Report of the Municipal Commissioner on the plague in Bombay for the year ending 31st May... - Volume 2
Disease focus: Plague
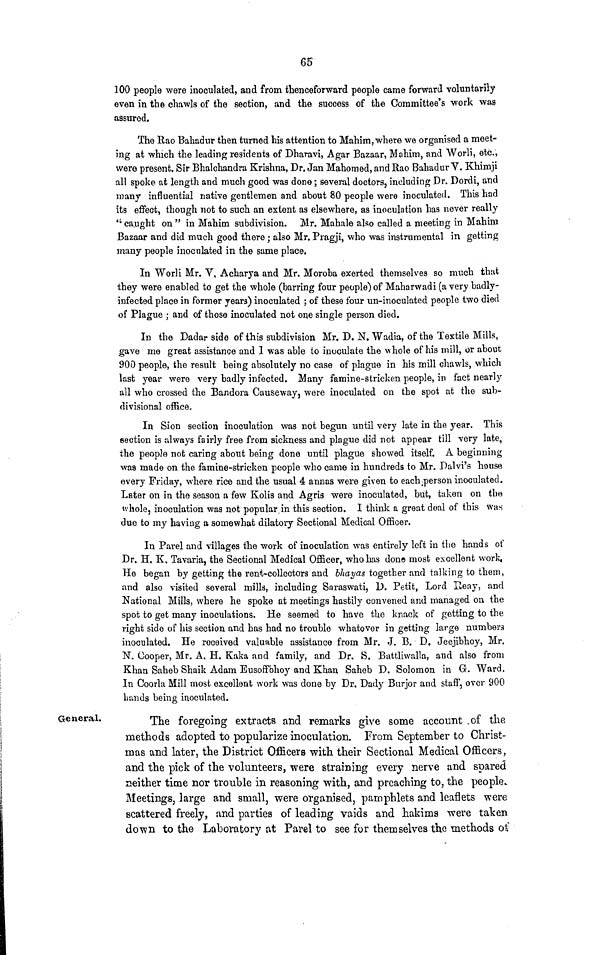
65
100 people were inoculated, and from thenceforward people came forward voluntarily
even in the chawls of the section, and the success of the Committee's work was
assured.
The Rao Bahadur then turned his attention to Mahim, where we organised a meet-
ing at which the leading residents of Dharavi, Agar Bazaar, Mahim, and Worli, etc.,
were present. Sir Bhalchandra Krishna, Dr. Jan Mahomed, and Rao Bahadur V. Khimji
all spoke at length and much good was done; several doctors, including Dr. Dordi, and
many influential native gentlemen and about 80 people were inoculated. This had
its effect, though not to such an extent as elsewhere, as inoculation has never really
" caught on " in Mahim subdivision. Mr. Mahale also called a meeting in Mahim
Bazaar and did much good there; also Mr. Pragji, who was instrumental in getting
many people inoculated in the same place.
In Worli Mr. V, Acharya and Mr. Moroba exerted themselves so much that
they were enabled to get the whole (barring four people) of Maharwadi (a very badly-
infected place in former years) inoculated ; of these four un-inoculated people two died
of Plague ; and of those inoculated not one single person died.
In the Dadar side of this subdivision Mr. D. N. Wadia, of the Textile Mills,
gave me great assistance and 1 was able to inoculate the whole of his mill, or about
900 people, the result being absolutely no case of plague in his mill chawls, which
last year were very badly infected. Many famine-stricken people, in fact nearly
all who crossed the Bandora Causeway, were inoculated on the spot at the sub-
divisional office.
In Sion section inoculation was not begun until very late in the year. This
section is always fairly free from sickness and plague did not appear till very late,
the people not cariog about being done until plague showed itself. A beginning
was made on the famine-stricken people who came in hundreds to Mr. Dalvi's house
every Friday, where rice and the usual 4 annas were given to each .per son inoculated.
Later on in the season a few Kolis and Agris were inoculated, but, taken on the
whole, inoculation wag not popularan this section. I think a great deal of this was
due to my having a somewhat dilatory Sectional Medical Officer.
In Parel and villages the work of inoculation was entirely left in the hands of
Dr. H. K. Tavaria, the Sectional Medical Officer, who has done most excellent work,
He began by getting the rent-collectors and bhayas together and talking to them,
and also visited several mills, including Saraswati, D. Petit, Lord Reay, and
National Mills, where he spoke at meetings hastily convened and managed on the
spot to get many inoculations. He seemed to have the knack of getting to the
right side of his section and has had no trouble whatever in getting large numbers
inoculated. He received valuable assistance from Mr. J. B. D. Jeejibhoy, Mr.
N. Cooper, Mr. A. H. Kaka and family, and Dr. S. Battliwalla, and also from
Khan Saheb Shaik Adam Eusoffbhoy and Khan Saheb D. Solomon in G. Ward.
In Coorla Mill most excellent work was done by Dr. Dady Burjor and staff, over 900
hands being inoculated.
General.
The foregoing extracts and remarks give some account of the
methods adopted to popularize inoculation. From September to Christ-
mas and later, the District Officers with their Sectional Medical Officers,
and the pick of the volunteers, were straining every nerve and spared
neither time nor trouble in reasoning with, and preaching to, the people.
Meetings, large and small, were organised, pamphlets and leaflets were
scattered freely, and parties of leading vaids and hakims were taken
down to the Laboratory at Parel to see for themselves the methods of